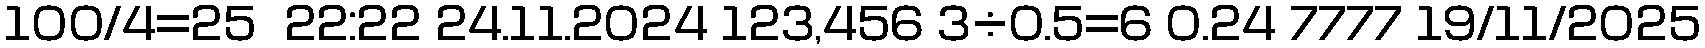
100/4=25  22:22 24.11.2024 123,456 3÷0.5=6 0.24 7777 19/11/2025